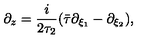
\partial _ { z } = \frac { i } { 2 \tau _ { 2 } } ( \bar { \tau } \partial _ { \xi _ { 1 } } - \partial _ { \xi _ { 2 } } ) ,